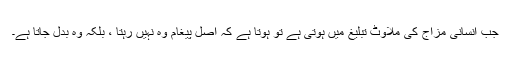
جب انسانی مزاج کی ملاوٹ تبلیغ میں ہوتی ہے تو ہوتا ہے کہ اصل پیغام وہ نہیں رہتا ، بلکہ وہ بدل جاتا ہے۔